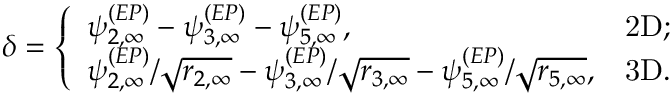
\delta = \left\{ \begin{array} { l l } { \psi _ { 2 , \infty } ^ { ( E P ) } - \psi _ { 3 , \infty } ^ { ( E P ) } - \psi _ { 5 , \infty } ^ { ( E P ) } , } & { \mathrm { 2 D } ; } \\ { \psi _ { 2 , \infty } ^ { ( E P ) } / \sqrt { r _ { 2 , \infty } } - \psi _ { 3 , \infty } ^ { ( E P ) } / \sqrt { r _ { 3 , \infty } } - \psi _ { 5 , \infty } ^ { ( E P ) } / \sqrt { r _ { 5 , \infty } } , } & { \mathrm { 3 D } . } \end{array} \right.